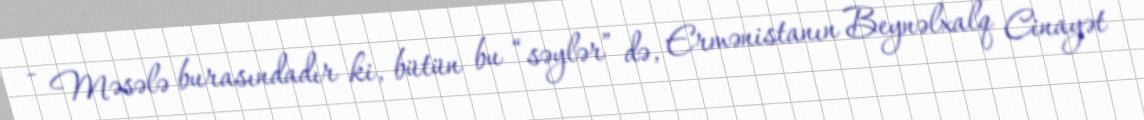
- Məsələ burasındadır ki, bütün bu “səylər” də, Ermənistanın Beynəlxalq Cinayət